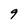
Character: 9